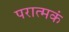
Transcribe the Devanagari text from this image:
परात्मकं